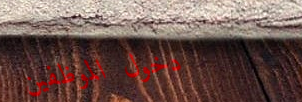
دخول الموظفين